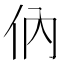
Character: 㐻